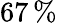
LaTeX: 67\, \%